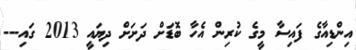
އިންޑިއާގެ ފައިސާ މީގެ ކުރިން އެހާ ބޮޑަށް ދަށަށް ދިިޔައީ 2013 ގައި---